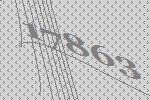
17863